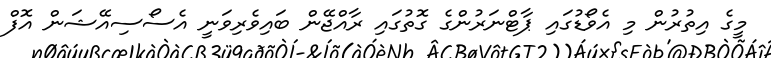
މީގެ އިތުރުން މި އެވޯޑުގައި ޕާޓްނަރުންގެ ގޮތުގައި ރާއްޖޭން ބައިވެރިވަނީ އެސޯސިއޭޝަން އޮފް